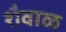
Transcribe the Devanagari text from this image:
शैवाळ